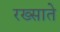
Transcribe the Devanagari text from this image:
रख्साते